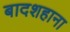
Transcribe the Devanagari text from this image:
बादशहाना